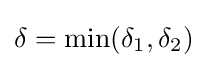
\delta =\min(\delta _{1},\delta _{2})